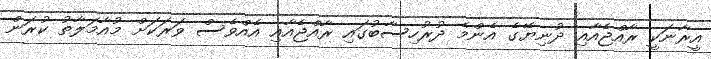
އީރާނަކީ ރާއްޖެއާއި ދުނިޔޭގެ އެންމެ ދުރުހިސާބުގައި ރާއްޖެއާއި އެއްވެސް ވަރަކަށް މުއާމަލާތު ކުރަން